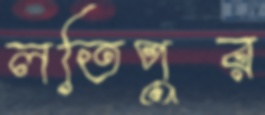
লতিপুর